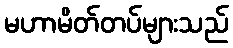
မဟာမိတ်တပ်များသည်